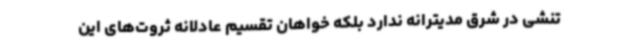
تنشی در شرق مدیترانه ندارد بلکه خواهان تقسیم عادلانه ثروت‌های این